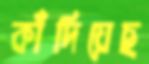
কাঁদিয়েছ